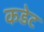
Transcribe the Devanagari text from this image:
कडेट